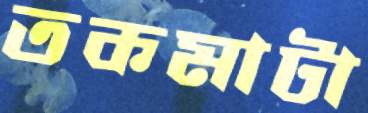
তকমাটা